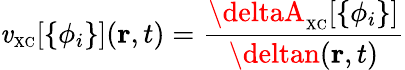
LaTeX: \mathit{v}_{\scriptscriptstyle\mathrm{{XC}}}[\{ \phi_{i}\} ]({\mathbf{r}},t)=\frac{{\deltaA_{\scriptscriptstyle\mathrm{{XC}}}[\{ \phi_{i}\} ]}}{{\deltan({\mathbf{r}},t)}}